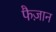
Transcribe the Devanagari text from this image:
फैज़ान